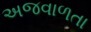
અજવાળતા